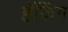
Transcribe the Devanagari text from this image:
हॅकिंग